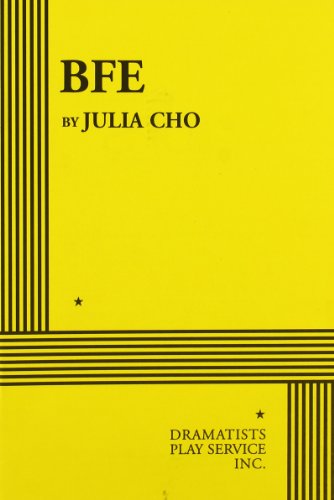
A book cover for BFE - Acting Edition; Julia Cho; Humor & Entertainment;